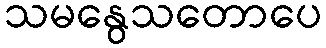
သမနွေသတောပေ